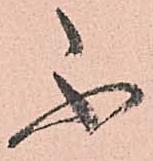
不